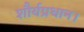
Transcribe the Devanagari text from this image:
शौर्यप्रधान।